Tezpur Lunatic Asylum reports 1877-1894 - 1877-1894
Year: 1877
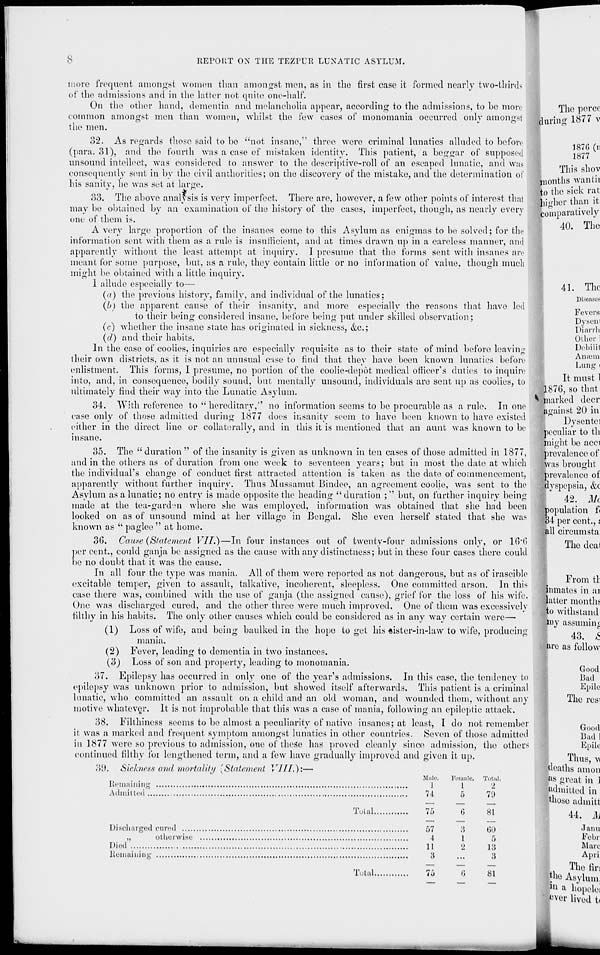
REPORT ON THE TEZPUR LUNATIC ASYLUM.
more frequent amongst women than amongst men, as in the first case it formed nearly two-thirds
of the admissions and in the latter not quite one-half.
On the other hand, dementia and melancholia appear, according to the admissions, to be more
common amongst men than women, whilst the few cases of monomania occurred only amongst
the men.
32. As regards those said to bo "not insane,"' three were criminal lunatics alluded to before
(para. 31), and the fourth was a case of mistaken identity. This patient, a beggar of supposed
unsound intellect, was considered to answer to the descriptive-roll of an escaped lunatic, and was
consequently sent in by the civil authorities; on the discovery of the mistake, and the determination of
his sanity, he was set at large.
33. The above analysis is very imperfect. There are, however, a few other points of interest that
may be obtained by an examination of the history of the cases, imperfect, though, as nearly every
one of them is.
A very large proportion of the insanes come to this Asylum as enigmas to be solved; for the
information sent with them as a rule is insufficient, and at times drawn up in a careless manner, and
apparently without the least attempt at inquiry. I presume that the forms sent with insanes arc
meant for some purpose, but, as a rule, they contain little or no information of value, though much
might be obtained with a little inquiry.
1 allude especially to—
(a) the previous history, family, and individual of the lunatics;
(b) the apparent cause of their insanity, and more especially the reasons that have led
to their being considered insane, before being put under skilled observation;
(c) whether the insane state has originated in sickness, &c;
(f/) and their habits.
In the case of coolies, inquiries are especially requisite as to their state of mind before leaving
their own districts, as it is not an unusual case to find that they have been known lunatics before
enlistment. This forms, I presume, no portion of the coolie-depot medical officer's duties to inquire
into, and, in consequence, bodily sound, but mentally unsound, individuals are sent up as coolies, to
ultimately find their way into the Lunatic Asylum.
34. With reference to " hereditary," no information seems to be procurable as a rule. In one
case only of those admitted during 1877 does insanity seem to have been known to have existed
either in the direct line or collaterally, and in this it is mentioned that an aunt was known to be
insane.
35. The "duration" of the insanity is given as unknown in ten cases of those admitted in 1877,
and in the others as of duration from one week to seventeen years; but in most the date at which
the individual's change of conduct first attracted attention is taken as the date of commencement,
apparently without further inquiry. Thus Mussamut Bindee, an agreement coolie, was sent to the
Asylum as a lunatic; no entry is made opposite the heading "duration ;" but, on further inquiry being
made at the tea-garden where she was employed, information was obtained that she had been
looked on as of unsound mind ut her village in Bengal. She even herself stated that she was
known as " paglee " at home.
36. Cau.se (Statement VII.)—In four instances out of twenty-four admissions only, or 16*6
per cent., could ganja be assigned as the cause with any distinctness; but in these four cases there could
be no doubt that it was the cause.
In all four the type was mania. All of them were reported as not dangerous, but as of irascible
excitable temper, given to assault, talkative, incoherent, sleepless. One committed arson. In this
case there was, combined with the use of ganja (the assigned cause), grief for the loss of his wife.
One was discharged cured, and the other three were much improved. One of them was excessively
filthy in his habits. The only other causes which could be considered as in any way certain were—
(1) Loss of wife, and being baulked in the hope to get his *ister-in-law to wife, producing
mania.
(2) Fever, leading to dementia in two instances.
(3) Loss of son and property, leading to monomania.
37. Epilepsy has occurred in only one of the year's admissions. In this case, the tendency to
epilepsy was unknown prior to admission, but showed itself afterwards. This patient is a criminal
lunatic, who committed an assault on a child and an old woman, and wounded them, without any
motive whatever. It is not improbable that this was a case of mania, following an epileptic attack.
38. Filthiness seems to be almost a peculiarity of native insanes; at least, I do not remember
it was a marked and frequent symptom amongst lunatics in other countries. Seven of those admitted
in 1877 were so previous to admission, one of thcSe has proved cleanly since admission, the others
continued filthy for lengthened term, and a few have gradually improved and given it up.
3D. Sickness and mortality {Statement VIII.):—
Mule.
Female. Total.
Remaining
]
1
2
Admit ted
74
5
7 f J
Total
75
G
81
Discharged cured
57
.' 5
GO
„
otherwise
4
1
f)
Died
II
2
18
Remaining
a
...
:i
Total
70
6
81
The perce
during 1877 v
187G (ii
1877
This shov
months wantii
to the sick rat
higher than it
comparatively
40. The
41. The
Diseases
Fevers
Dyscnt
Diarrh
Other
Debilil
Aiiiuni
Lung i
It must 1
■1876, so that
^ -marked deer
against 20 in
Dysentei
peculiar to th
might be acci
prevalence of
was brought
prevalence of
dyspepsia, &c
42. Mc
population f<
34 per cent., i
all circumsta
The deal
From tr.
inmates in ai
latter months
to withstand
liny assuming
43. &
are as follow
Good
Bad
Epile
The resi
Good
Bad !
Epile
Thus, v
deaths amon
PS great in 1
admitted in
those admitt
44. M
Janu
Febr
Marc
Apii
The fir:
fae Asylum,
111 a hopelei
Pver lived ti